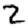
Digit: 2